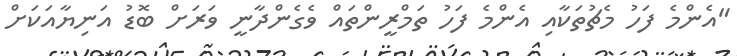
"އެންމެ ފަހު މެޗުތަކާއި އެންމެ ފަހު ތަމްރީންތައް ވެގެންދާނީ ވަރަށް ބޮޑު އަނިޔާއަކަށް